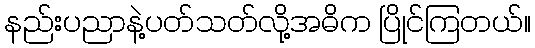
နည်းပညာနဲ့ပတ်သတ်လို့အဓိက ပြိုင်ကြတယ်။